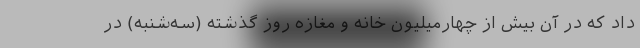
داد که در آن بیش از چهارمیلیون خانه و مغازه روز گذشته (سه‌شنبه) در